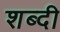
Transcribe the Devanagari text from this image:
शब्दी